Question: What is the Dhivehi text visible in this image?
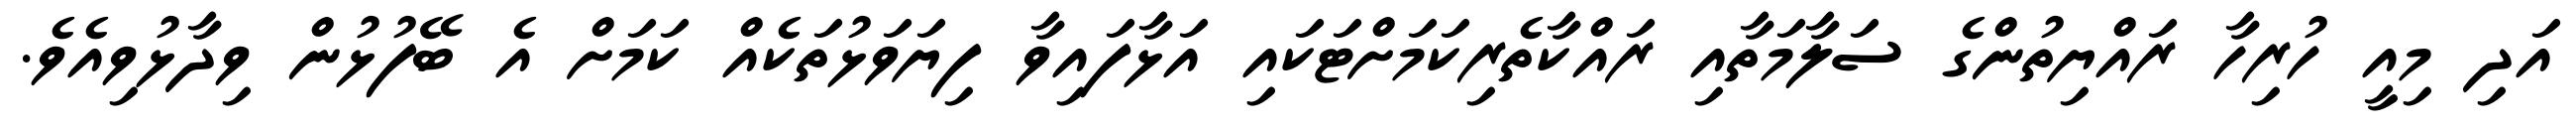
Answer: އަދި މިއީ ހުރިހާ ރައްޔިތުންގެ ސަލާމަތާއި ރައްކާތެރިކަމަށްޓަކައި އަޅާފައިވާ ފިޔަވަޅުތަކެއް ކަމަށް އެ ބޭފުޅުން ވިދާޅުވިއެވެ.